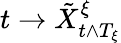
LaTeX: t\rightarrow\tilde{X}_{t\wedge T_{\xi}}^{\xi}